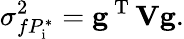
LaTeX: \sigma_{fP_{\textrm{i}}^{*}}^{2}=\textbf{g}^{\mathrm{~T~}}\textbf{V}\textbf{g}.